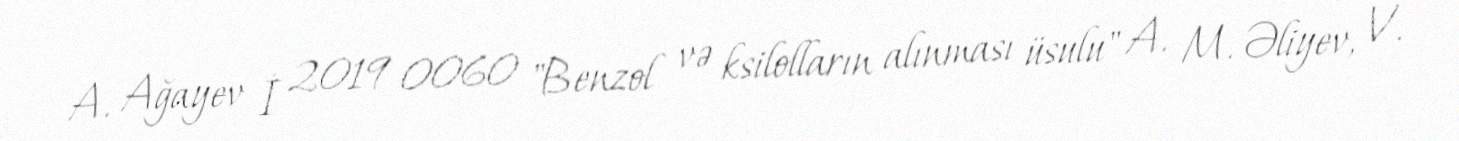
A. Ağayev İ 2019 0060 "Benzol və ksilolların alınması üsulu" A. M. Əliyev, V.